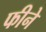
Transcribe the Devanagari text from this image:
फीने